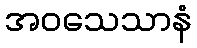
အဝသေသာနံ